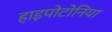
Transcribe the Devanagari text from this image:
हाइपोटोनिया